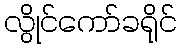
လွိုင်ကော်ခရိုင်